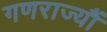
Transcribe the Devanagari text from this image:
गणराज्यौं